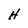
Character: H